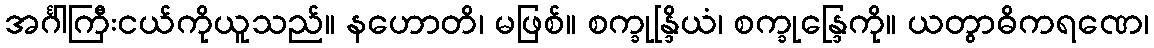
အင်္ဂါကြီးငယ်ကိုယူသည်။ နဟောတိ၊ မဖြစ်။ စက္ခုန္ဒြိယံ၊ စက္ခုန္ဒြေကို။ ယတွာဓိကရဏေ၊